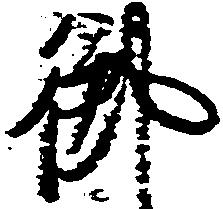
御